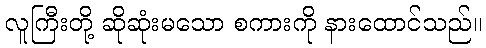
လူကြီးတို့ ဆိုဆုံးမသော စကားကို နားထောင်သည်။